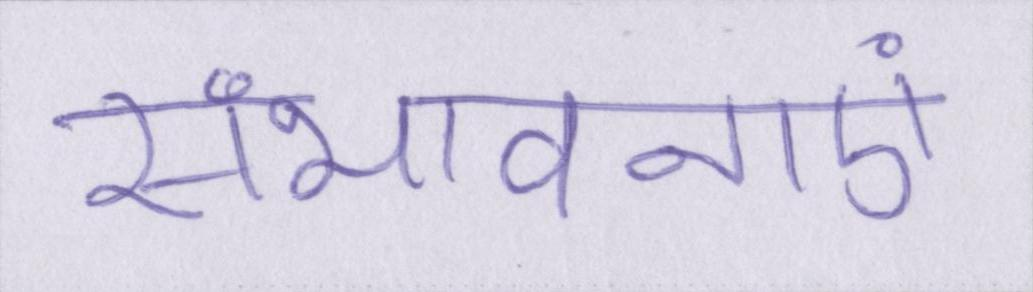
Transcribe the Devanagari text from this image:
संभावनाएं